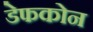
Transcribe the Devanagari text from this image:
डेफकोन